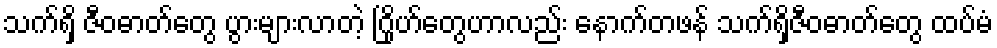
သက်ရှိ ဇီဝဓာတ်တွေ ပွားများလာတဲ့ ဂြိုဟ်တွေဟာလည်း နောက်တဖန် သက်ရှိဇီဝဓာတ်တွေ ထပ်မံ